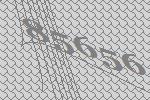
85656